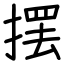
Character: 摆